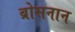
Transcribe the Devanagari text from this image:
ब्रोसनान